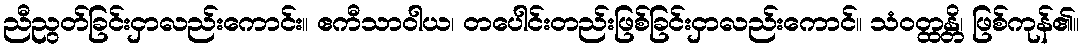
ညီညွတ်ခြင်းငှာလည်းကောင်း။ ဧကီသာဝါယ၊ တပေါင်းတည်းဖြစ်ခြင်းငှာလည်းကောင်။ သံဝတ္ထန္တိ၊ ဖြစ်ကုန်၏။